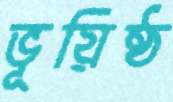
ভূয়িষ্ঠ